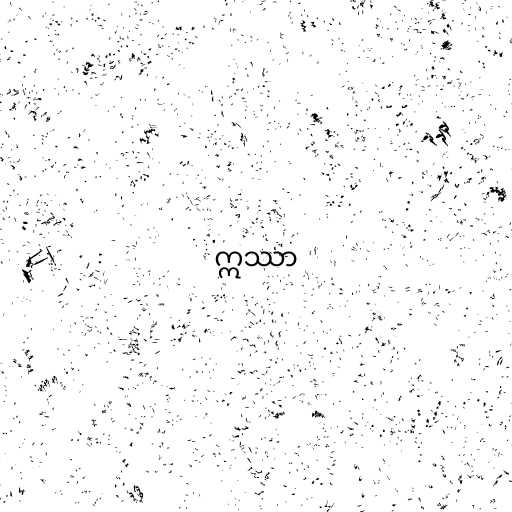
ဣဿာ